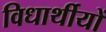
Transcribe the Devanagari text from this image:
विधार्थीयों